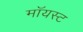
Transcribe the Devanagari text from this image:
मॉयस्ट